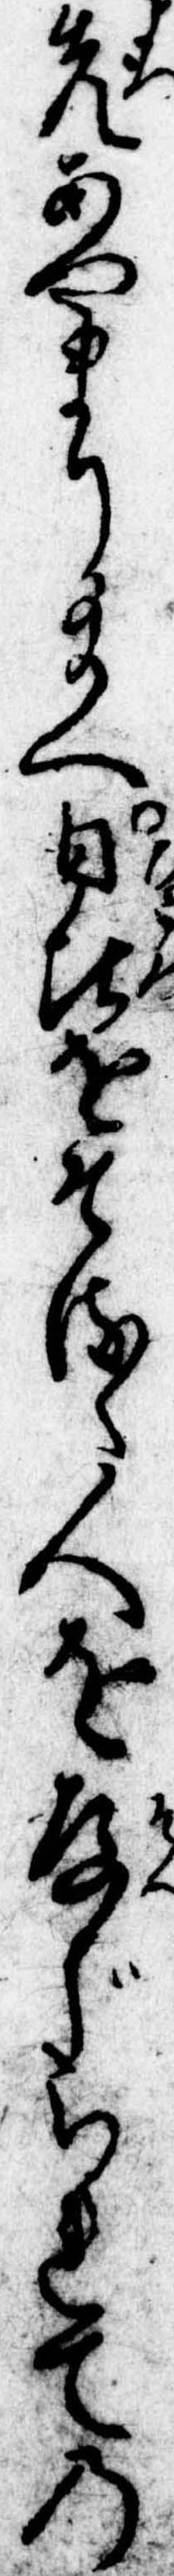
先あやまり給へ日比をそるゝ人を存じられての